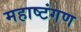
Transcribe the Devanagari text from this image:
महाष्टंगण